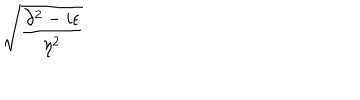
\sqrt { \frac { \partial ^ { 2 } - i \epsilon } { \eta ^ { 2 } } }